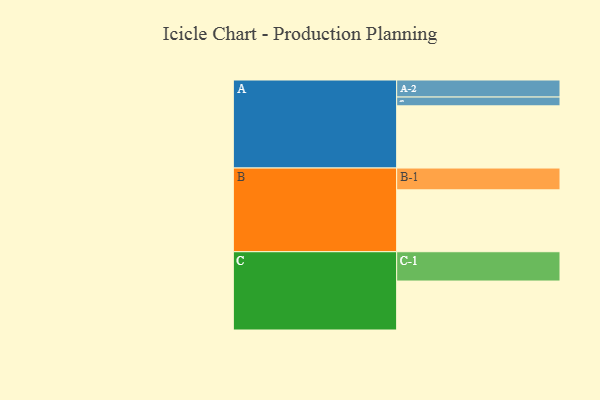
{"axis": {"x": "Segment", "y": "Value"}, "legend": ["", "A", "B", "C"], "data": [{"x": "A", "y": 573, "type": ""}, {"x": "B", "y": 570, "type": ""}, {"x": "C", "y": 451, "type": ""}, {"x": "A-1", "y": 81, "type": "A"}, {"x": "A-2", "y": 157, "type": "A"}, {"x": "B-1", "y": 201, "type": "B"}, {"x": "C-1", "y": 270, "type": "C"}]}